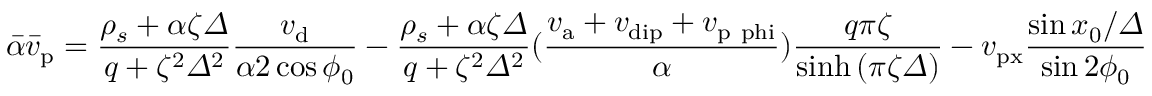
\bar { \alpha } \bar { v } _ { \mathrm { p } } = \frac { \rho _ { s } + \alpha \zeta \varDelta } { q + \zeta ^ { 2 } \varDelta ^ { 2 } } \frac { v _ { \mathrm { d } } } { \alpha 2 \cos \phi _ { 0 } } - \frac { \rho _ { s } + \alpha \zeta \varDelta } { q + \zeta ^ { 2 } \varDelta ^ { 2 } } ( \frac { v _ { \mathrm { a } } + v _ { \mathrm { d i p } } + v _ { \mathrm { p \ p h i } } } { \alpha } ) \frac { q \pi \zeta } { \sinh \left( \pi \zeta \varDelta \right) } - v _ { \mathrm { p x } } \frac { \sin { { x _ { 0 } } / { \varDelta } } } { \sin 2 \phi _ { 0 } }